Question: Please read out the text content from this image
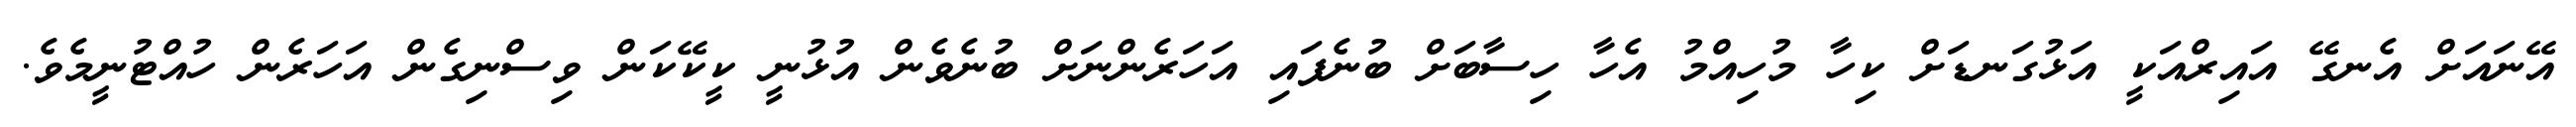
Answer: އޭނައަށް އެނގޭ އައިރްއަކީ އަޅުގަނޑަށް ކިހާ މުހިއްމު އެހާ ހިސާބަށް ބުނެފައި އަހަރެންނަށް ބުނެވެން އުޅުނީ ކީކޭކަން ވިސްނިގެން އަހަރެން ހުއްޓުނީމެވެ.